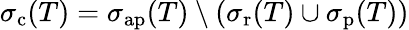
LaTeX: \sigma_{\mathrm{c}}(T)=\sigma_{\mathrm{ap}}(T)\setminus(\sigma_{\mathrm{r}}(T)\cup\sigma_{\mathrm{p}}(T))